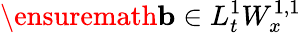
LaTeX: \ensuremath{\mathbf{b}}\in L_{t}^{1}W_{x}^{1,1}